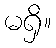
မရှိ။